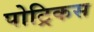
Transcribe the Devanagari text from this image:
पोट्रिकस